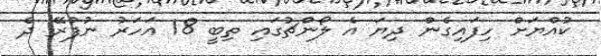
ކުއްޔަށް ހިފައިގެން ދިޔަ އެ ލޯންޗުގައި ތިބީ 18 އަހަރު ނުފުރޭ ދެ